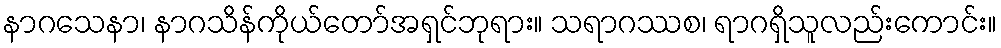
နာဂသေနာ၊ နာဂသိန်ကိုယ်တော်အရှင်ဘုရား။ သရာဂဿစ၊ ရာဂရှိသူလည်းကောင်း။